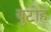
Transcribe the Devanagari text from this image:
बुटोह